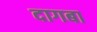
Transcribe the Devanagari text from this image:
दागबा